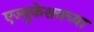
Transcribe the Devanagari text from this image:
एज्युकेशनच्या